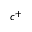
c ^ { + }